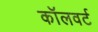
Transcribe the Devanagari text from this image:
कॉलवर्ट